Madras plague regulations and rules - Volume 2
Disease focus: Plague
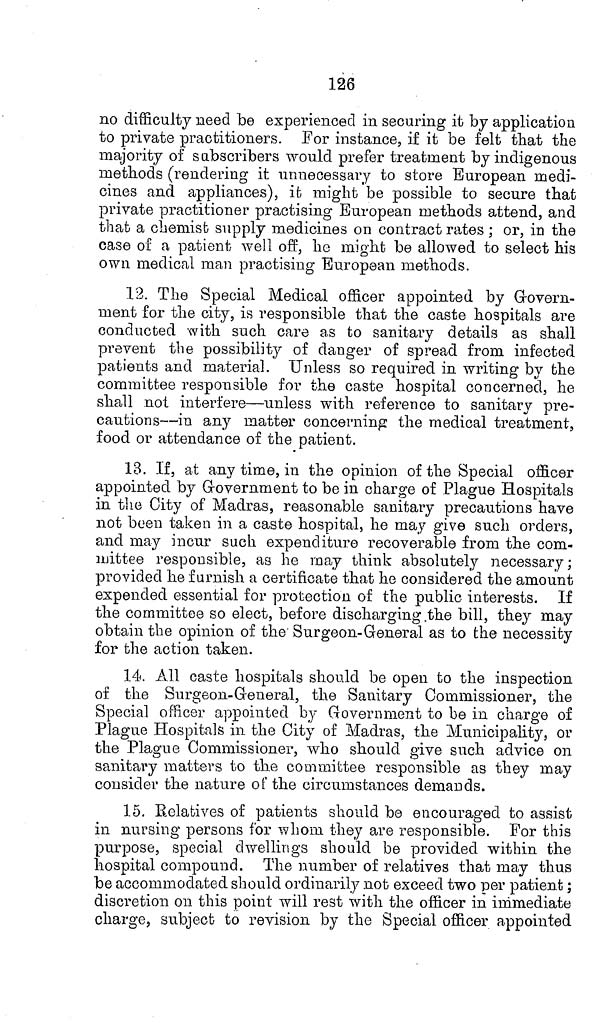
126
no difficulty need be experienced in securing it by application
to private practitioners. For instance, if it be felt that the
majority of subscribers would prefer treatment by indigenous
methods (rendering it unnecessary to store European medi-
cines and appliances), it might be possible to secure that
private practitioner practising European methods attend, and
that a chemist supply medicines on contract rates; or, in the
case of a patient well off, he might be allowed to select his
own medical man practising European methods.
12. The Special Medical officer appointed by Govern-
ment for the city, is responsible that the caste hospitals are
conducted with such care as to sanitary details as shall
prevent the possibility of danger of spread from infected
patients and material. Unless so required in writing by the
committee responsible for the caste hospital concerned, he
shall not interfere—unless with reference to sanitary pre-
cautions—in any matter concerning the medical treatment,
food or attendance of the patient.
13. If, at any time, in the opinion of the Special officer
appointed by Government to be in charge of Plague Hospitals
in the City of Madras, reasonable sanitary precautions have
not been taken in a caste hospital, he may give such orders,
and may incur such expenditure recoverable from the com-
njittee responsible, as he may think absolutely necessary;
provided he furnish a certificate that he considered the amount
expended essential for protection of the public interests. If
the committee so elect, before discharging the bill, they may
obtain the opinion of the Surgeon-General as to the necessity
for the action taken.
14. All caste hospitals should be open to the inspection
of the Surgeon-General, the Sanitary Commissioner, the
Special officer appointed by Government to he in charge of
Plague Hospitals in the City of Madras, the Municipality, or
the Plague Commissioner, who should give such advice on
sanitary matters to the committee responsible as they may
consider the nature of the circumstances demands.
15. Relatives of patients should be encouraged to assist
in nursing persons for whom they are responsible. For this
purpose, special dwellings should be provided within the
hospital compound. The number of relatives that may thus
be accommodated should ordinarily not exceed two per patient;
discretion on this point will rest with the officer in immediate
charge, subject to revision, by the Special officer appointed